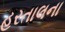
હરતાલના